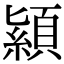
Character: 顈